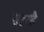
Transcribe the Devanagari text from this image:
सहरहै